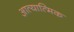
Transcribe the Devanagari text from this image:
आत्यात्मिक